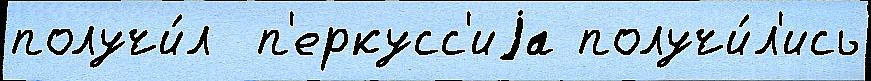
получи́л  п'еркусс'иjа получи́л'ись